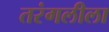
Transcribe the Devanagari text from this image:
तरंगलीला